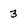
Character: 3